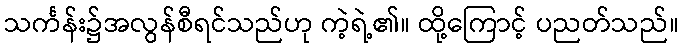
သင်္ကန်း၌အလွန်စီရင်သည်ဟု ကဲ့ရဲ့၏။ ထို့ကြောင့် ပညတ်သည်။